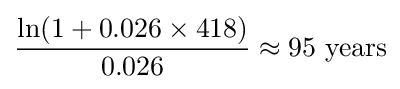
{\frac {\ln(1+0.026\times 418)}{0.026}}\approx {\text{95 years}}